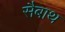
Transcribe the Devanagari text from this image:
सैबाथ